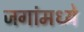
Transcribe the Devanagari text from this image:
जगांमध्ये